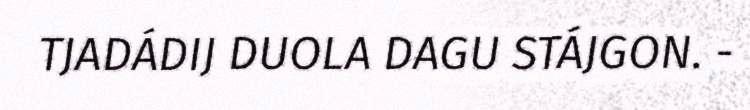
TJADÁDIJ DUOLA DAGU STÁJGON. -